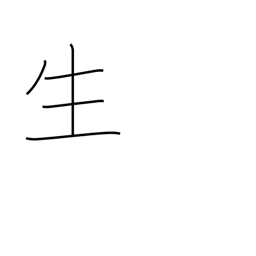
Meaning: life